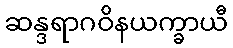
ဆန္ဒရာဂဝိနယက္ခာယီ